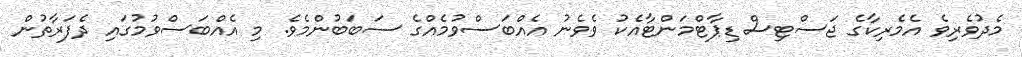
މެދުވެރިވެ އެމެރިކާގެ ޖަސްޓިސް ޑިޕާޓްމަންޓާއެކު ވެވެނު އެއްބަސްވުމެއްގެ ސަބަބުންމެވެ. މި އެއްބަސްވުމުގައި ދެފަރާތުން